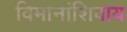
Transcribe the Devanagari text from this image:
विमानांशिवाय